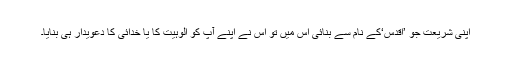
اپنی شریعت جو ’اقدس‘کے نام سے بنائی اس میں تو اس نے اپنے آپ کو الوہیت کا یا خدائی کا دعویدار ہی بنایا۔